Indian journal of veterinary science and animal husbandry - Volume 12,
Year: 1942
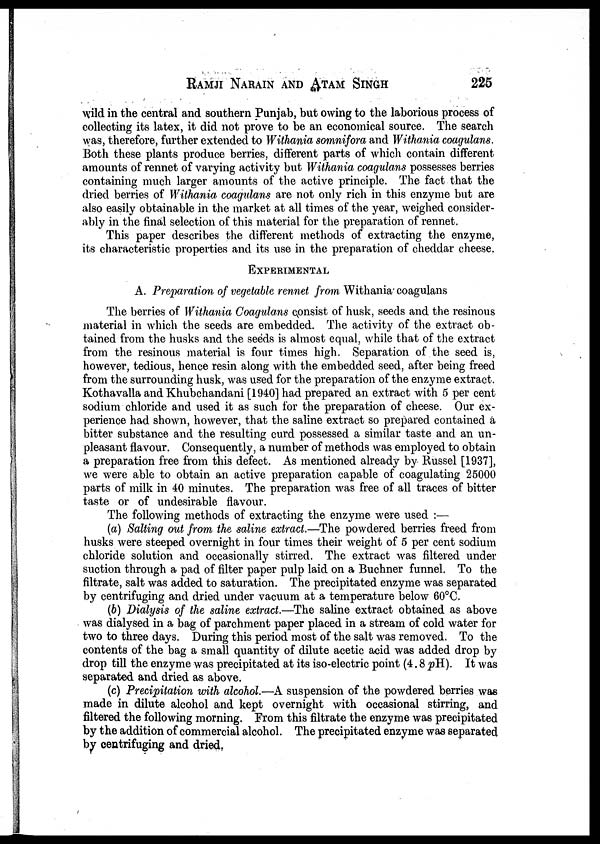
RAMJI NARAIN AND ATAM SINGH 225
wild in the central and southern Punjab, but owing to the laborious process of
collecting its latex, it did not prove to be an economical source. The search
was, therefore, further extended to Withania somnifora and Withania coagulans.
Both these plants produce berries, different parts of which contain different
amounts of rennet of varying activity but Withania coagulans possesses berries
containing much larger amounts of the active principle. The fact that the
dried berries of Withania coagulans are not only rich in this enzyme but are
also easily obtainable in the market at all times of the year, weighed consider-
ably in the final selection of this material for the preparation of rennet.
This paper describes the different methods of extracting the enzyme,
its characteristic properties and its use in the preparation of cheddar cheese.
EXPERIMENTAL
A. Preparation of vegetable rennet from Withania coagulans
The berries of Withania Coagulans consist of husk, seeds and the resinous
material in which the seeds are embedded. The activity of the extract ob-
tained from the husks and the seeds is almost equal, while that of the extract
from the resinous material is four times high. Separation of the seed is,
however, tedious, hence resin along with the embedded seed, after being freed
from the surrounding husk, was used for the preparation of the enzyme extract.
Kothavalla and Khubchandani [1940] had prepared an extract with 5 per cent
sodium chloride and used it as such for the preparation of cheese. Our ex-
perience had shown, however, that the saline extract so prepared contained a
bitter substance and the resulting curd possessed a similar taste and an un-
pleasant flavour. Consequently, a number of methods was employed to obtain
a preparation free from this defect. As mentioned already by Russel [1937],
we were able to obtain an active preparation capable of coagulating 25000
parts of milk in 40 minutes. The preparation was free of all traces of bitter
taste or of undesirable flavour.
The following methods of extracting the enzyme were used :—
(a) Salting out from the saline extract.—The powdered berries freed from
husks were steeped overnight in four times their weight of 5 per cent sodium
chloride solution and occasionally stirred. The extract was filtered under
suction through a pad of filter paper pulp laid on a Buchner funnel. To the
filtrate, salt was added to saturation. The precipitated enzyme was separated
by centrifuging and dried under vacuum at a temperature below 60° C.
(b) Dialysis of the saline extract.—The saline extract obtained as above
was dialysed in a bag of parchment paper placed in a stream of cold water for
two to three days. During this period most of the salt was removed. To the
contents of the bag a small quantity of dilute acetic acid was added drop by
drop till the enzyme was precipitated at its iso-electric point (4.8 pH). It was
separated and dried as above.
(c) Precipitation with alcohol.—A suspension of the powdered berries was
made in dilute alcohol and kept overnight with occasional stirring, and
filtered the following morning. From this filtrate the enzyme was precipitated
by the addition of commercial alcohol. The precipitated enzyme was separated
by centrifuging and dried.